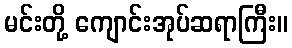
မင်းတို့ ကျောင်းအုပ်ဆရာကြီး။